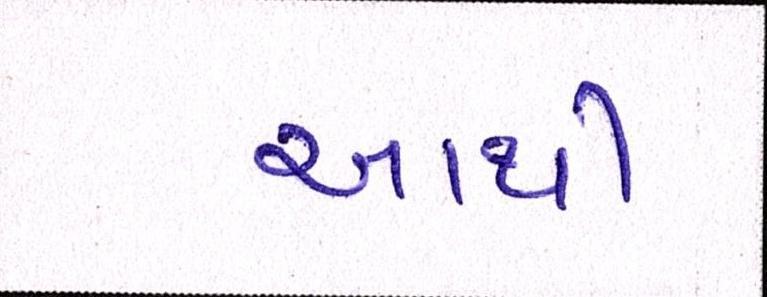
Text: આથી